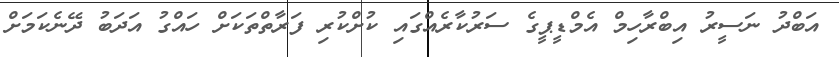
އަބްދު ނަސީރު އިބްރާހިމް އެމްޑީޕީގެ ސަރުކާރެއްގައި ކުށްކުރި ފަރާތްތަކަށް ހައްގު އަދަބު ދޭނެކަމަށް